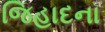
જિહાદના